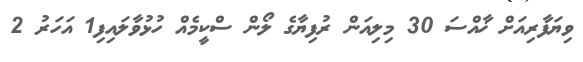
ވިޔަފާރިއަށް ޚާއްސަ 30 މިލިއަން ރުފިޔާގެ ލޯން ސްކީމެއް ހުޅުވާލައިފި1 އަހަރު 2